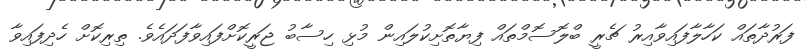
ފަރުދާތައް ކަހާލާފައިވާއިރު ޗެރީ ބްލޮސޮމްތައް ފިޔާތޮށިކުލައިން މުޅި ހިސާބު ޖަރީކޮށްފައިވާފަދައެވެ. ތިރިކޮށް ހެދިފައިވާ